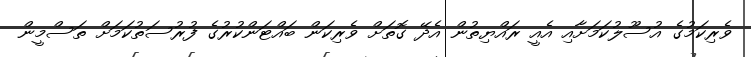
ވެރިކަމުގެ އުސޫލުކަމަށާއި އެއީ ރައްޔިތުން އެދޭ ގޮތަށް ވެރިކަން ބައްޓަންކުރުގެ ފުރުސަތުކަމަށް ތަސްމީން